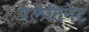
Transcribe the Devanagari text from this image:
पेलेटिनेट